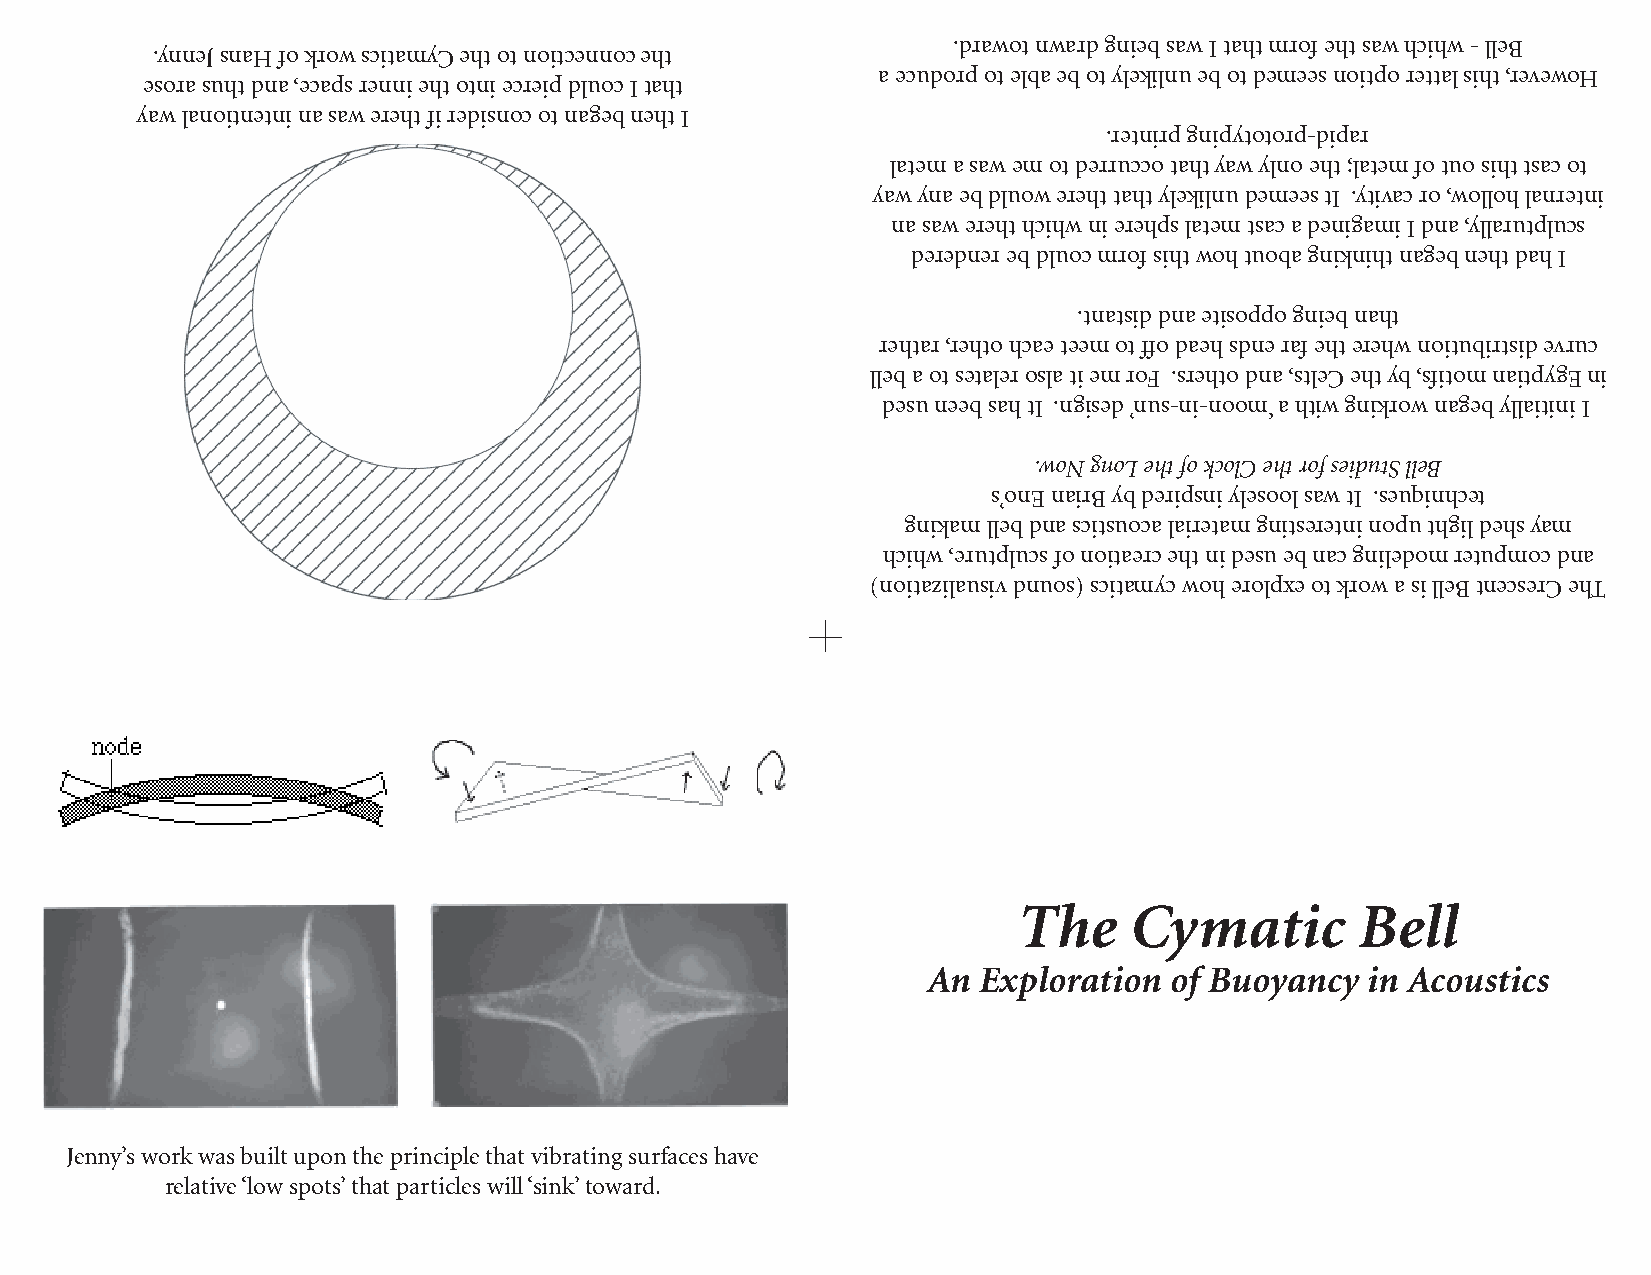
.drawot nward gnieb saw I taht mrof eht saw hcihw - lleB
 .ynneJ snaH fo krow scitamyC eht ot noitcennoc eht
 a ecudorp ot elba eb ot ylekilnu eb ot demees noitpo rettal siht ,revewoH
 esora suht dna ,ecaps renni eht otni ecreip dluoc I taht
 yaw lanoitnetni na saw ereht fi redisnoc ot nageb neht I
 .retnirp gnipytotorp-dipar
 latem a saw em ot derrucco taht yaw ylno eht ;latem fo tuo siht tsac ot
 yaw yna eb dluow ereht taht ylekilnu demees tI .ytivac ro ,wolloh lanretni
 na saw ereht hcihw ni erehps latem tsac a denigami I dna ,yllarutplucs
 deredner eb dluoc mrof siht woh tuoba gnikniht nageb neht dah I
 .tnatsid dna etisoppo gnieb naht
 rehtar ,rehto hcae teem ot ffo daeh sdne raf eht erehw noitubirtsid evruc
 lleb a ot setaler osla ti em roF .srehto dna ,stleC eht yb ,sfitom naitpygE ni
 desu neeb sah tI .ngised ’nus-ni-noom‘ a htiw gnikrow nageb yllaitini I
 .woN gnoL eht fo kcolC eht rof seidutS lleB
 s’onE nairB yb deripsni ylesool saw tI .seuqinhcet
 gnikam lleb dna scitsuoca lairetam gnitseretni nopu thgil dehs yam
 hcihw ,erutplucs fo noitaerc eht ni desu eb nac gniledom retupmoc dna
 )noitazilausiv dnuos( scitamycwoh erolpxe ot krow a si lleB tnecserC ehT
 The     Cymatic        Bell
 An  Exploration of Buoyancy  in Acoustics
 Jenny’s work was built upon the principle that vibrating surfaces have
 relative ‘low spots’ that particles will ‘sink’ toward.